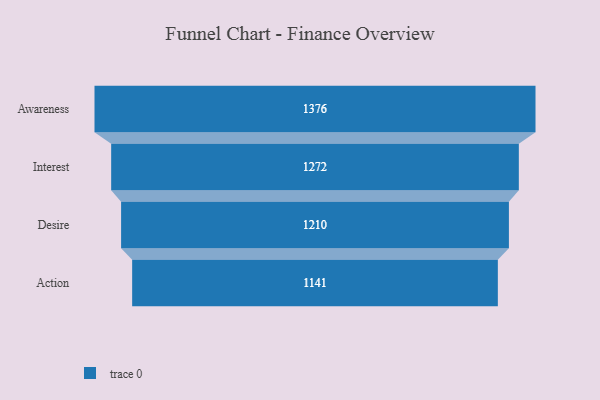
{"axis": {"x": "Stage", "y": "Value"}, "legend": [""], "data": [{"x": "Awareness", "y": 1376.0, "type": ""}, {"x": "Interest", "y": 1272.0, "type": ""}, {"x": "Desire", "y": 1210.0, "type": ""}, {"x": "Action", "y": 1141.0, "type": ""}]}